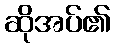
ဆိုအပ်၏